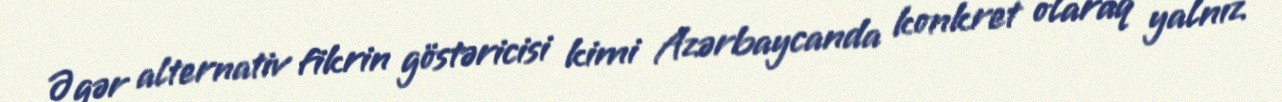
Əgər alternativ fikrin göstəricisi kimi Azərbaycanda konkret olaraq yalnız